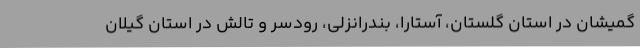
گمیشان در استان گلستان، آستارا، بندرانزلی، رودسر و تالش در استان گیلان